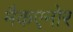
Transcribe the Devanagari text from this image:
मैकएनोर